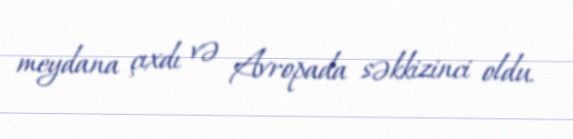
meydana çıxdı və Avropada səkkizinci oldu.